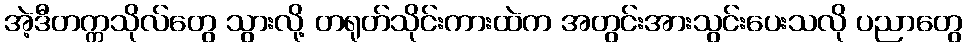
အဲ့ဒီတက္ကသိုလ်တွေ သွားလို့ တရုတ်သိုင်းကားထဲက အတွင်းအားသွင်းပေးသလို ပညာတွေ